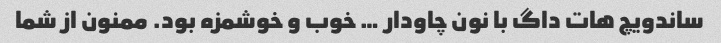
ساندویچ هات داگ با نون چاودار … خوب و خوشمزه بود. ممنون از شما